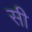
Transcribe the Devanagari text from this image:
सी